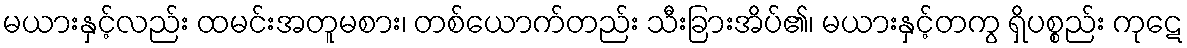
မယားနှင့်လည်း ထမင်းအတူမစား၊ တစ်ယောက်တည်း သီးခြားအိပ်၏၊ မယားနှင့်တကွ ရှိပစ္စည်း ကုဋေ